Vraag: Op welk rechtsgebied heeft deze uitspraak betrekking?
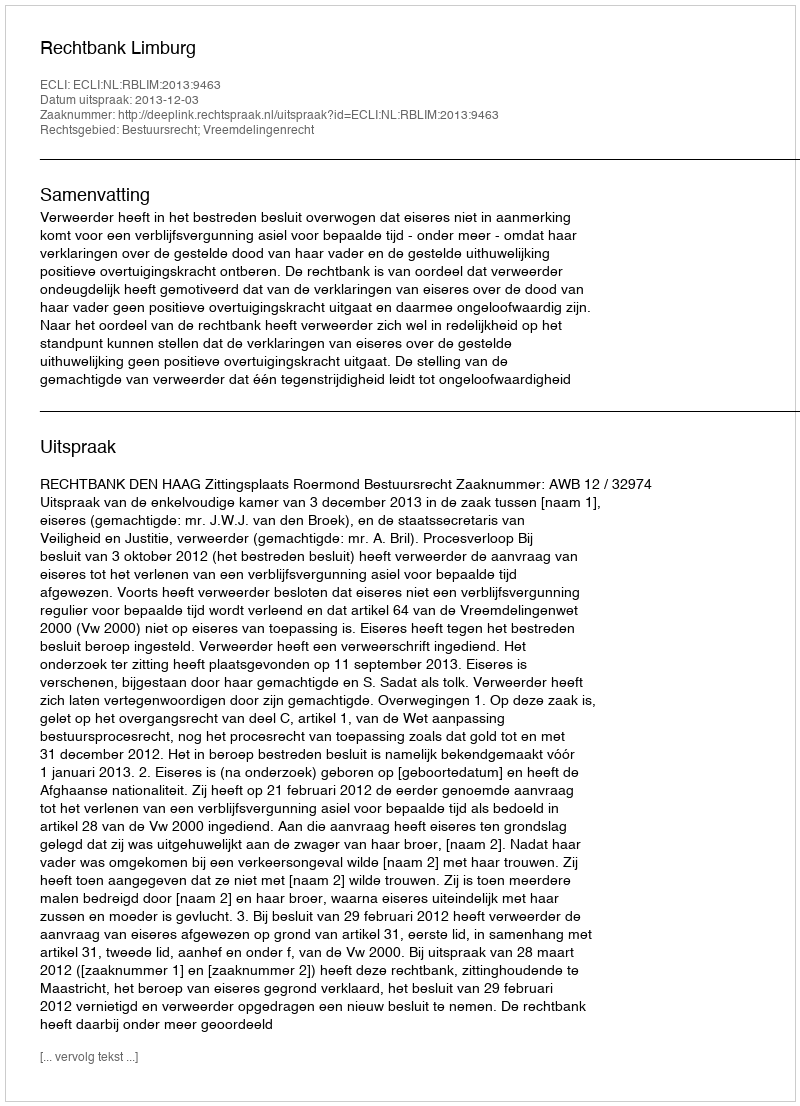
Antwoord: Bestuursrecht; Vreemdelingenrecht